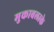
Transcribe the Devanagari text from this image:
मुकाबलाके